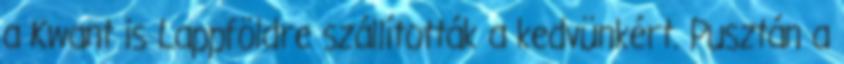
a Kwant is Lappföldre szállították a kedvünkért. Pusztán a